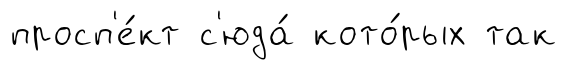
просп'е́кт с'юда́ кото́рых так